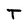
Character: T